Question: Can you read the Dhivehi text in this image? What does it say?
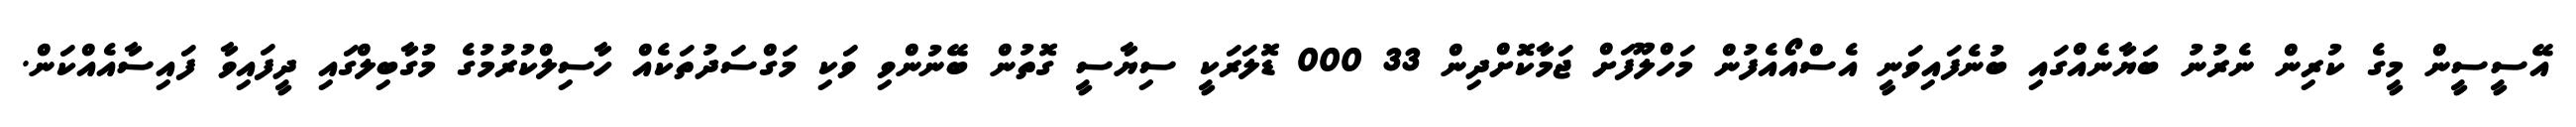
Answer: އޭސީސީން މީގެ ކުރިން ނެރުނު ބަޔާނެއްގައި ބުނެފައިވަނީ އެސްއޯއެފުން މަހްލޫފަށް ޖަމާކޮށްދިން 33 000 ޑޮލަރަކީ ސިޔާސީ ގޮތުން ބޭނުންވި ވަކި މަގްސަދުތަކެއް ހާސިލްކުރުމުގެ މުގާބިލްގައި ދީފައިވާ ފައިސާއެއްކަން.